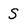
Character: S